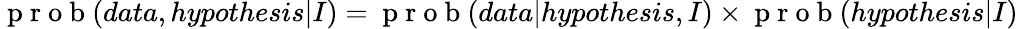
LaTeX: \mathrm{~p~r~o~b~}(data,hypothesis|I)=\mathrm{~p~r~o~b~}(data|hypothesis,I)\times\mathrm{~p~r~o~b~}(hypothesis|I)